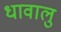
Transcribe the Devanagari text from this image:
धावालु